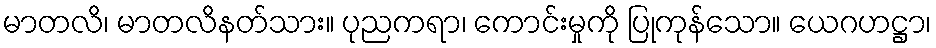
မာတလိ၊ မာတလိနတ်သား။ ပုညကရာ၊ ကောင်းမှုကို ပြုကုန်သော။ ယေဂဟဋ္ဌာ၊